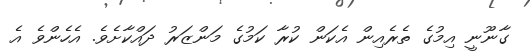
ގާނޫނީ އިމުގެ ތެރެއިން އެކަން ކުރާ ކަމުގެ މަންޒަރު ދައްކާށެވެ. އެހެންވެ އެ